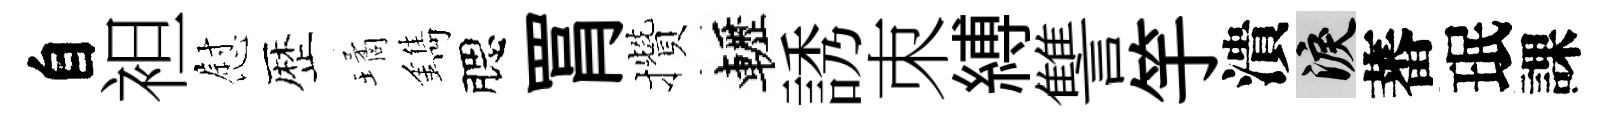
自袒慰歴璚鐫腮罥攢轣誘朿縛讐竽潰泪蕃珉課